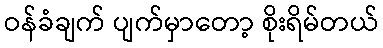
ဝန်ခံချက် ပျက်မှာတော့ စိုးရိမ်တယ်